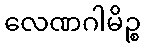
လေဏဂါမိဉ္စ